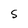
Character: S